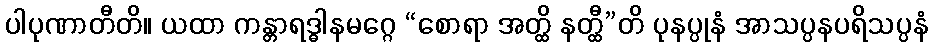
ပါပုဏာတီတိ။ ယထာ ကန္တာရဒ္ဓါနမဂ္ဂေ “စောရာ အတ္ထိ နတ္ထီ”တိ ပုနပ္ပုနံ အာသပ္ပနပရိသပ္ပနံ